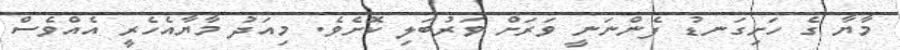
މާޔާ ގެ ހަށިގަނޑު ފެންނަނީ ވަރަށް ވަރުބަލި ކޮށެވެ. މިއަދު މާޔާއެހެރީ އެއްވެސް